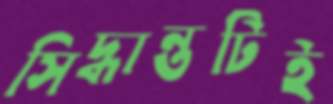
সিদ্ধান্তটিই